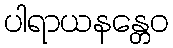
ပါရာယနန္တေဝ